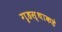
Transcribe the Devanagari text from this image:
गृहस्थाकडे